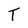
Character: T